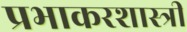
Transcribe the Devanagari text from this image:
प्रभाकरशास्त्री